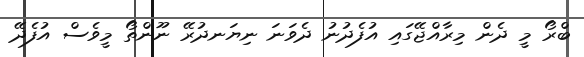
ބްރޯ މީ ދެން މިރާއްޖޭގައި އުފެދުނު ދެވަނަ ނިޔަނދުރޭ ނޫންތޯ މީވެސް އުފެދޭ